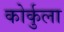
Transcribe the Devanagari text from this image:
कोर्कुला